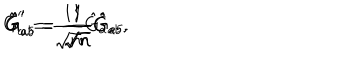
\hat { G } _ { a } ^ { \prime } = \frac { 1 } { \sqrt { n } } \hat { G } _ { a } , \hspace { 0 . 3 c m } \hat { G } _ { a b } ^ { \prime } = \frac { 1 } { \sqrt { n } } \hat { G } _ { a b } , \hspace { 0 . 3 c m } \hat { G } _ { a 5 } ^ { \prime } = \frac { 1 } { \sqrt { n } } \hat { G } _ { a 5 } .